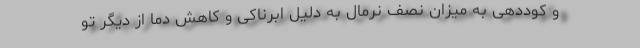
و کوددهی به میزان نصف نرمال به دلیل ابرناکی و کاهش دما از دیگر تو